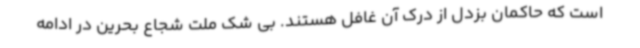
است که حاکمان بزدل از درک آن غافل هستند. بی شک ملت شجاع بحرین در ادامه